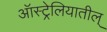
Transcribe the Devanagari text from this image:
ऑस्ट्रेलियातील्